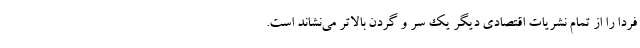
فردا را از تمام نشریات اقتصادی دیگر یک سر و گردن بالاتر می‌نشاند است.